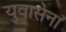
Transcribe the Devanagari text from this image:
युवासेना